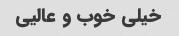
خیلی خوب و عالیی